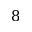
8